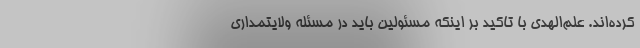
کرده‌اند. علم‌الهدی با تاکید بر اینکه مسئولین باید در مسئله ولایتمداری